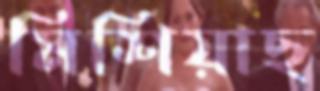
মিশিয়াছ